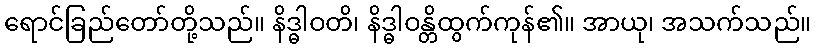
ရောင်ခြည်တော်တို့သည်။ နိဒ္ဓါဝတိ၊ နိဒ္ဓါဝန္တိထွက်ကုန်၏။ အာယု၊ အသက်သည်။